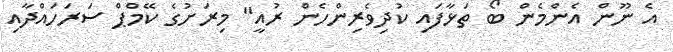
އެ ނޫން އެންމެން ބޯ ތަޅާފައި ކުދިވެރިންހެން ރުއީ" މިރަށުގެ ކޭމްޕް ސަރަހައްދާއި